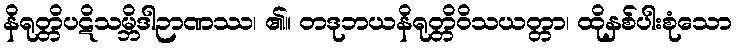
နိရုတ္တိပဋိသမ္ဘိဒါဉာဏဿ၊ ၏။ တဒုဘယနိရုတ္တိဝိသယတ္တာ၊ ထိုနှစ်ပါးစုံသော